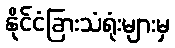
နိုင်ငံခြားသံရုံးများမှ